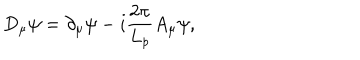
D _ { \mu } \psi = \partial _ { \mu } \psi - i \frac { 2 \pi } { L _ { p } } A _ { \mu } \psi ,